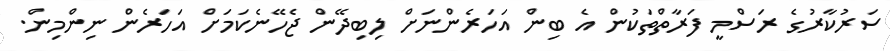
ސަރުކާރުގެ ރަސްމީ ފަރާތްތަކުން އެ ބިން އަހަރެންނަށް ލިބިދޭން ޖެހޭނެކަމަށް އަހަރެން ނިންމިން.